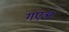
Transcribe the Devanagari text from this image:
गएअ